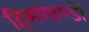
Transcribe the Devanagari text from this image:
हिमखण्डों